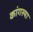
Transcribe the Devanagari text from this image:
कांगस्या